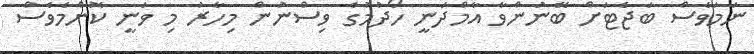
ނަމަވެސް ބަޖެޓަށް ބޭނުންވާ އާމްދަނީ ހޯދުމުގެ ވިސްނުން މިހާރު މި ވަނީ ކޮންމެވެސް